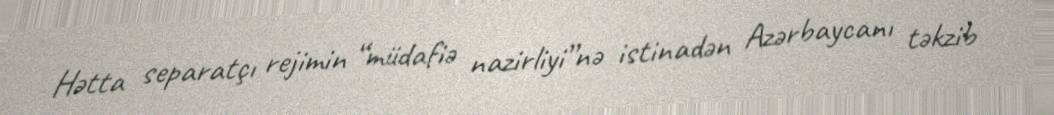
Hətta separatçı rejimin “müdafiə nazirliyi”nə istinadən Azərbaycanı təkzib